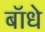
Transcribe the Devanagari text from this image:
बॉधे